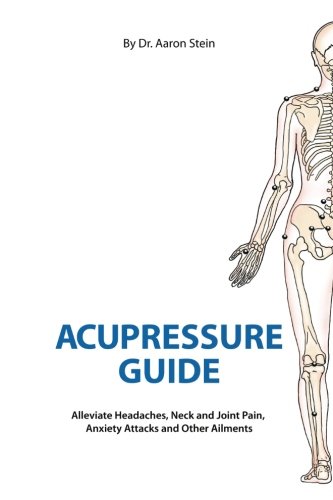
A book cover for Acupressure Guide: Alleviate Headaches, Neck and Joint Pain, Anxiety Attacks, and Other Ailments; Dr. Aaron Stein; Health, Fitness & Dieting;